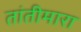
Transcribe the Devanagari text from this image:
तांतीमारा